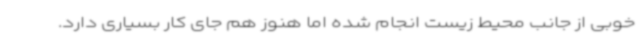
خوبی از جانب محیط زیست انجام شده اما هنوز هم جای کار بسیاری دارد.